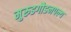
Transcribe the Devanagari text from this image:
मुरुडगौडनपल्य